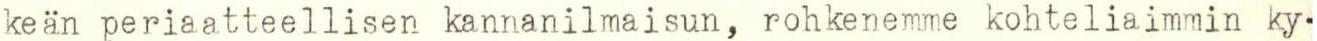
keän periaatteellisen kannanilmaisun, rohkenemme kohteliaimmin ky-